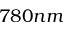
7 8 0 n m